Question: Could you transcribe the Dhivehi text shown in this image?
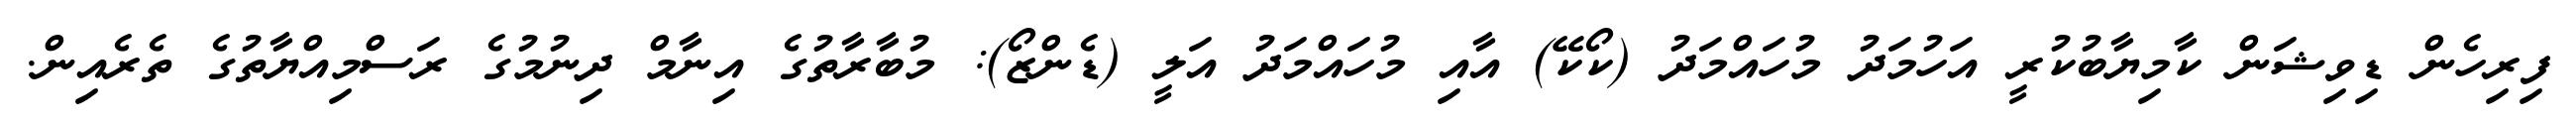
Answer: ފިރިހެން ޑިވިޝަން ކާމިޔާބުކުރީ އަހުމަދު މުހައްމަދު (ކޯކޭ) އާއި މުހައްމަދު އަލީ (ޑެންޒޯ): މުބާރާތުގެ އިނާމް ދިނުމުގެ ރަސްމިއްޔާތުގެ ތެރެއިން.